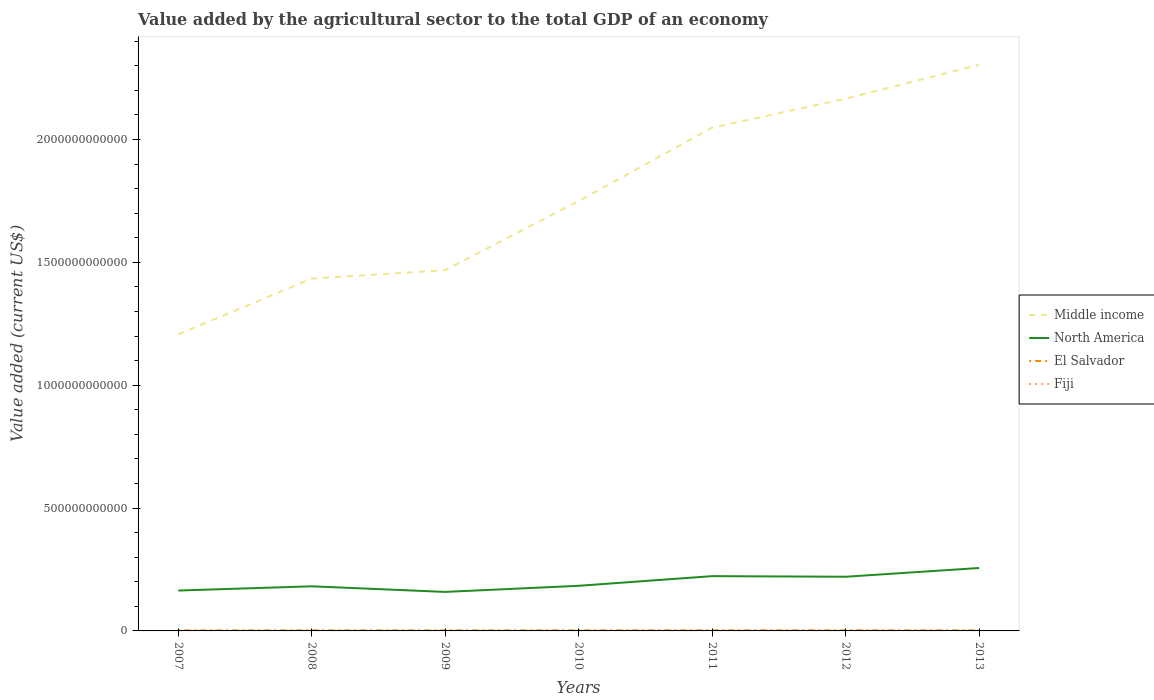
| Years | Middle income | North America | El Salvador | Fiji |
 | --- | --- | --- | --- | --- |
 | 2007 | 1.21e+12 | 1.64e+11 | 2.19e+09 | 4.01e+08 |
 | 2008 | 1.43e+12 | 1.82e+11 | 2.46e+09 | 3.77e+08 |
 | 2009 | 1.47e+12 | 1.59e+11 | 2.37e+09 | 2.9e+08 |
 | 2010 | 1.75e+12 | 1.84e+11 | 2.48e+09 | 2.95e+08 |
 | 2011 | 2.05e+12 | 2.23e+11 | 2.65e+09 | 3.48e+08 |
 | 2012 | 2.17e+12 | 2.21e+11 | 2.6e+09 | 3.84e+08 |
 | 2013 | 2.3e+12 | 2.56e+11 | 2.45e+09 | 4.24e+08 |